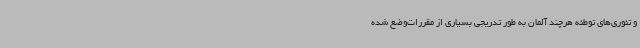
و تئوری‌های توطئه هرچند آلمان به طور تدریجی بسیاری از مقررات‌وضع شده